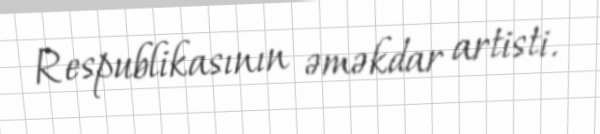
Respublikasının əməkdar artisti.